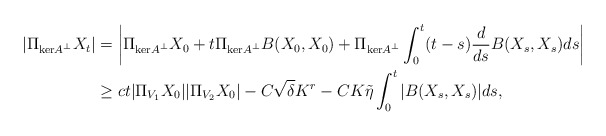
\begin{align*}|\Pi_{\mathrm{ker}A^\perp} X_t| &= \left| \Pi_{\mathrm{ker}A^\perp} X_0 + t \Pi_{\mathrm{ker}A^\perp}B(X_0,X_0)+ \Pi_{\mathrm{ker}A^\perp}\int_0^t (t-s) \frac{d}{ds}B(X_s,X_s)ds\right| \\& \ge c t|\Pi_{V_1}X_0||\Pi_{V_2}X_0| - C\sqrt{\delta} K^{r} - C K \tilde{\eta} \int_0^t |B(X_s,X_s)| ds, \end{align*}